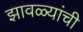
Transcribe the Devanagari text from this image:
झावळ्यांची